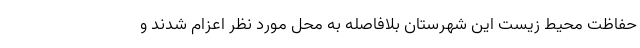
حفاظت محیط زیست این شهرستان بلافاصله به محل مورد نظر اعزام شدند و